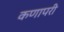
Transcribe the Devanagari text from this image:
कणापरी